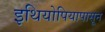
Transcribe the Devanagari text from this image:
इथियोपियापासून